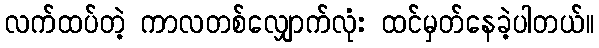
လက်ထပ်တဲ့ ကာလတစ်လျှောက်လုံး ထင်မှတ်နေခဲ့ပါတယ်။